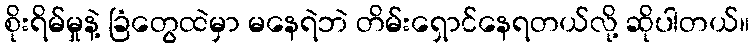
စိုးရိမ်မှုနဲ့ ခြံတွေထဲမှာ မနေရဲဘဲ တိမ်းရှောင်နေရတယ်လို့ ဆိုပါတယ်။